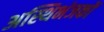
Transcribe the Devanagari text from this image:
अस्थिभंजकों